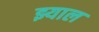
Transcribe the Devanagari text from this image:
झ्याल